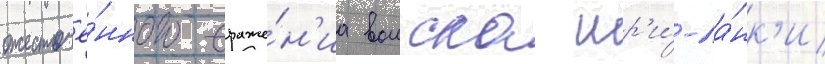
ожесточё́нного сраже́н'иа воиска шр'и́-ла́нк'и